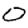
Digit: 0